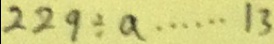
2 2 9 \div a \cdots 1 3